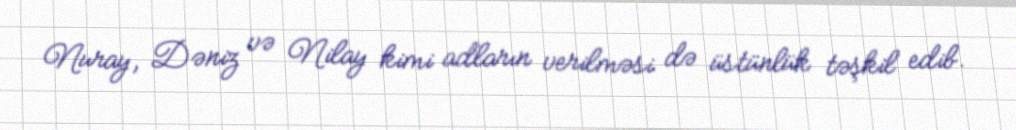
Nuray, Dəniz və Nilay kimi adların verilməsi də üstünlük təşkil edib.